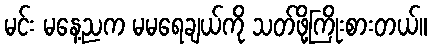
မင်း မနေ့ညက မမရေချယ်ကို သတ်ဖို့ကြိုးစားတယ်။